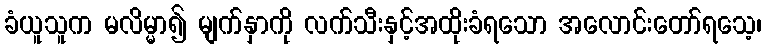
ခံယူသူက မလိမ္မာ၍ မျက်နှာကို လက်သီးနှင့်အထိုးခံရသော အလောင်းတော်ရသေ့၊